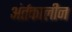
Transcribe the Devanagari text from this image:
अंर्तकालीन